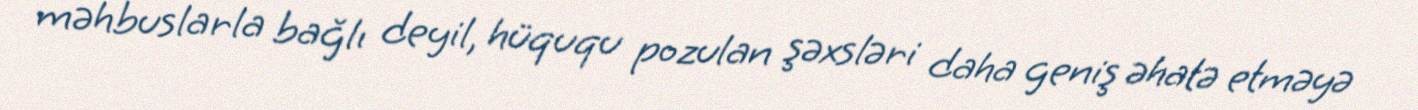
məhbuslarla bağlı deyil, hüququ pozulan şəxsləri daha geniş əhatə etməyə